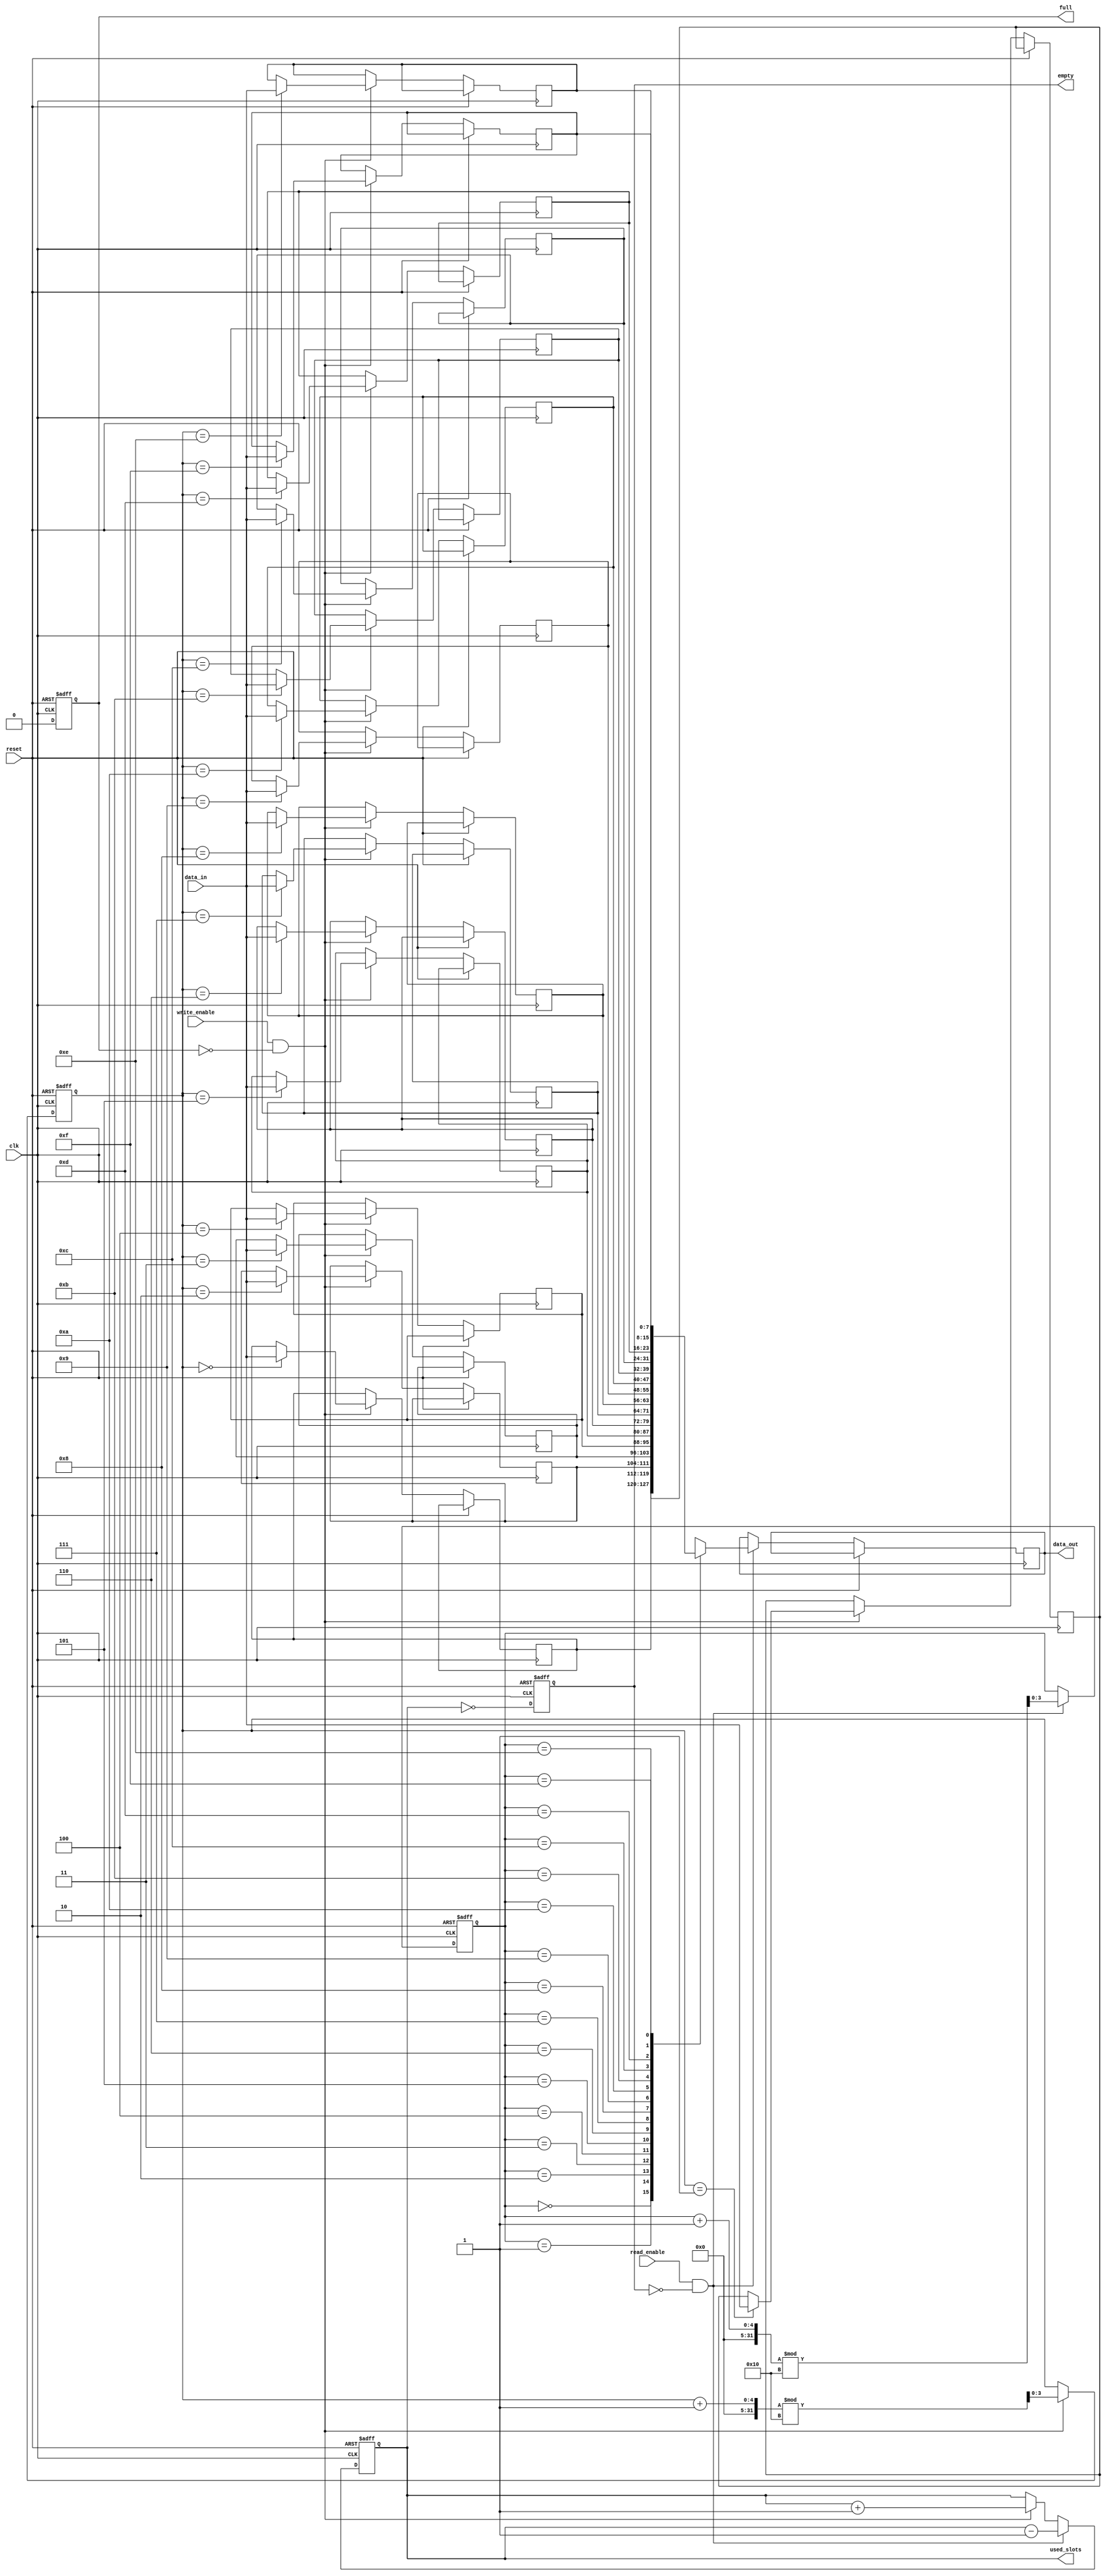
module parameterized_fifo #(
    parameter DATA_WIDTH = 8,      // Width of each data entry in bits
    parameter FIFO_DEPTH = 16       // Total number of entries (must be a power of two)
)(
    input wire clk,                 // Clock signal
    input wire reset,               // Asynchronous reset signal
    input wire write_enable,        // Control signal for writing data
    input wire read_enable,         // Control signal for reading data
    input wire [DATA_WIDTH-1:0] data_in, // Input data bus
    output reg [DATA_WIDTH-1:0] data_out, // Output data bus
    output reg full,                // Status signal indicating FIFO is full
    output reg empty,               // Status signal indicating FIFO is empty
    output reg [clog2(FIFO_DEPTH)-1:0] used_slots // Number of slots currently used
);

    // Memory array to hold the data entries
    reg [DATA_WIDTH-1:0] fifo_mem [0:FIFO_DEPTH-1];
    
    // Pointers for read and write operations
    reg [clog2(FIFO_DEPTH)-1:0] read_ptr;
    reg [clog2(FIFO_DEPTH)-1:0] write_ptr;
    
    // Function to calculate log base 2
    function integer clog2;
        input integer value;
        begin
            clog2 = 0;
            while (2**clog2 < value) begin
                clog2 = clog2 + 1;
            end
        end
    endfunction

    // Asynchronous reset
    always @(posedge clk or posedge reset) begin
        if (reset) begin
            read_ptr <= 0;
            write_ptr <= 0;
            used_slots <= 0;
            full <= 0;
            empty <= 1;
        end else begin
            // Write operation
            if (write_enable && !full) begin
                fifo_mem[write_ptr] <= data_in;
                write_ptr <= (write_ptr + 1) % FIFO_DEPTH;
                used_slots <= used_slots + 1;
            end
            
            // Read operation
            if (read_enable && !empty) begin
                data_out <= fifo_mem[read_ptr];
                read_ptr <= (read_ptr + 1) % FIFO_DEPTH;
                used_slots <= used_slots - 1;
            end
            
            // Update full and empty signals
            full <= (used_slots == FIFO_DEPTH);
            empty <= (used_slots == 0);
        end
    end

endmodule